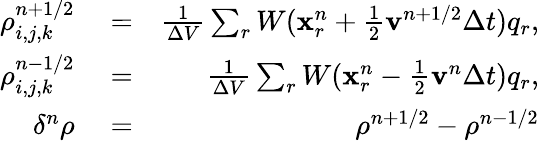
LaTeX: \begin{array}{rlr}{\rho_{i,j,k}^{n+1/2}}&{{}=}&{\frac{1}{\Delta V}\sum_{r}W(\mathbf{x}_{r}^{n}+\frac{1}{2}\mathbf{v}^{n+1/2}\Delta t)q_{r},}\\ {\rho_{i,j,k}^{n-1/2}}&{{}=}&{\frac{1}{\Delta V}\sum_{r}W(\mathbf{x}_{r}^{n}-\frac{1}{2}\mathbf{v}^{n}\Delta t)q_{r},}\\ {\delta^{n}\rho}&{{}=}&{\rho^{n+1/2}-\rho^{n-1/2}}\end{array}